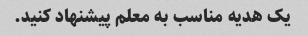
یک هدیه مناسب به معلم پیشنهاد کنید.